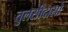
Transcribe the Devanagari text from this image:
तुलसीदासो